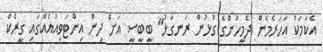
އެކަމަކު އަހަރެމެން ދެމީހުންގެ ގުޅުން ރަނގަޅު" ބީބީސީ އަށް ދިން އިންޓަވިއުއެއްގައި ގީރެކް